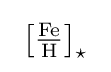
\ \left[{\tfrac {{\ce {Fe}}}{{\ce {H}}}}\right]_{\star }\